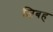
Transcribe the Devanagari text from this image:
ज़िबह